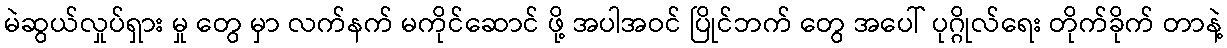
မဲဆွယ်လှုပ်ရှား မှု တွေ မှာ လက်နက် မကိုင်ဆောင် ဖို့ အပါအဝင် ပြိုင်ဘက် တွေ အပေါ် ပုဂ္ဂိုလ်ရေး တိုက်ခိုက် တာနဲ့